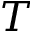
T